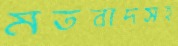
মতবাদসহ